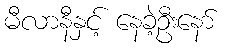
မီလာနီနှင့် နေခဲ့ဦးနော်